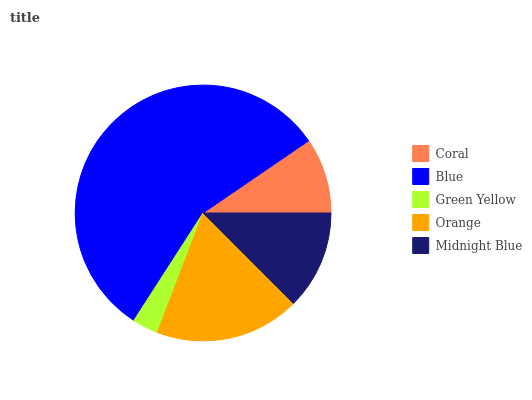
| Coral | Blue | Green Yellow | Orange | Midnight Blue |
 | --- | --- | --- | --- | --- |
 | 9.55% | 56.3% | 3.29% | 18.3% | 12.5% |